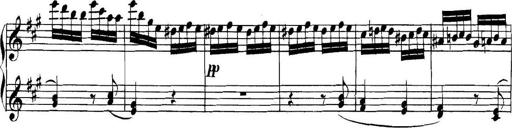
Title: Collected Piano Sonatas
Composer: Muzio Clementi